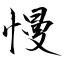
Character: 慢